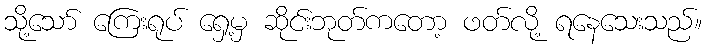
သို့သော် ကြေးရုပ် ရှေ့မှ ဆိုင်းဘုတ်ကတော့ ဖတ်လို့ ရနေသေးသည်။